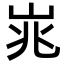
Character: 𪨱